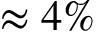
\approx 4 \%